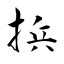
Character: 捠